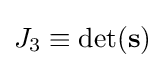
{{J}_{3}}\equiv \det({\mathbf {s} })